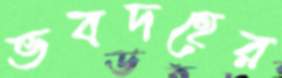
ভবদহের